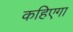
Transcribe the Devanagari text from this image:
कहिएगा